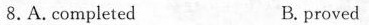
8.A. Completed B proved